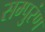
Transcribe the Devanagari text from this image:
सम्पुरंण